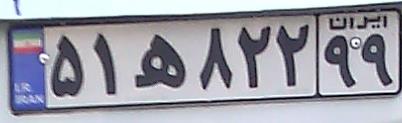
۵۱ه۸۲۲۹۹